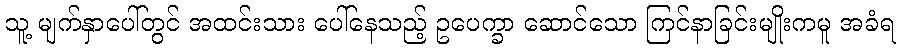
သူ့ မျက်နှာပေါ်တွင် အထင်းသား ပေါ်နေသည့် ဥပေက္ခာ ဆောင်သော ကြင်နာခြင်းမျိုးကမူ အခံရ